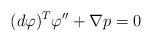
LaTeX: \begin{align*} (d\varphi)^T\varphi''+\nabla p=0\end{align*}